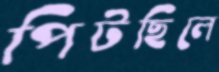
পিটছিলে